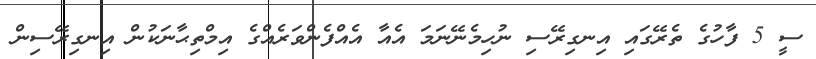
ސީ 5 ފާހުގެ ތެރޭގައި އިނގިރޭސި ނުހިމެނޭނަމަ އެއާ އެއްފެންވަރެއްގެ އިމްތިޙާނަކުން އިނގިރޭސިން